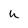
Character: h